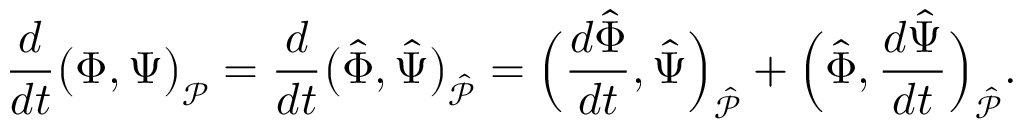
\frac { d } { d t } \big ( \boldsymbol { \Phi } , \boldsymbol { \Psi } \big ) _ { \mathcal { P } } = \frac { d } { d t } \big ( \hat { \boldsymbol { \Phi } } , \hat { \boldsymbol { \Psi } } \big ) _ { \hat { \mathcal { P } } } = \Big ( \frac { d \hat { \boldsymbol { \Phi } } } { d t } , \hat { \boldsymbol { \Psi } } \Big ) _ { \hat { \mathcal { P } } } + \Big ( \hat { \boldsymbol { \Phi } } , \frac { d \hat { \boldsymbol { \Psi } } } { d t } \Big ) _ { \hat { \mathcal { P } } } .